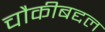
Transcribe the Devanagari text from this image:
चौकीबद्दल